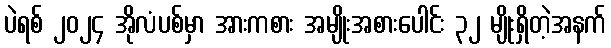
ပဲရစ် ၂၀၂၄ အိုလံပစ်မှာ အားကစား အမျိုးအစားပေါင်း ၃၂ မျိုးရှိတဲ့အနက်